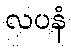
လပနံ